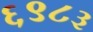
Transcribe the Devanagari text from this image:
६९८३